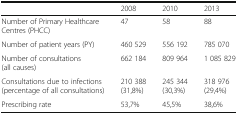
<table><thead><tr><td></td><td><b>2008</b></td><td><b>2010</b></td><td><b>2013</b></td></tr></thead><tbody><tr><td>Number of Primary Healthcare Centres (PHCC)</td><td>47</td><td>58</td><td>88</td></tr><tr><td>Number of patient years (PY)</td><td>460 529</td><td>556 192</td><td>785 070</td></tr><tr><td>Number of consultations (all causes)</td><td>662 184</td><td>809 964</td><td>1 085 829</td></tr><tr><td>Consultations due to infections (percentage of all consultations)</td><td>210 388 (31,8%)</td><td>245 344 (30,3%)</td><td>318 976 (29,4%)</td></tr><tr><td>Prescribing rate</td><td>53,7%</td><td>45,5%</td><td>38,6%</td></tr></tbody></table>